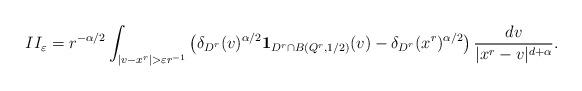
LaTeX: \begin{align*}II_{\varepsilon} &=r^{-\alpha/2}\int_{ |v-x^r|>\varepsilon r^{-1}} \left(\delta_{D^{r}}(v)^{\alpha/2}{\bf 1}_{D^r\cap B(Q^r, 1/2)}(v)-\delta_{D^{r}}(x^{r})^{\alpha/2} \right)\frac{ dv}{|x^r-v|^{d+\alpha} }. \end{align*}